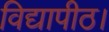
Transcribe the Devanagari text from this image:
विद्यापीठ।